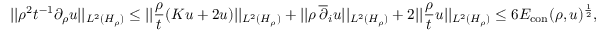
| | \rho ^ { 2 } t ^ { - 1 } \partial _ { \rho } u | | _ { L ^ { 2 } ( H _ { \rho } ) } \leq | | \frac \rho t ( K u + 2 u ) | | _ { L ^ { 2 } ( H _ { \rho } ) } + | | \rho \, \overline { { \partial } } _ { i } u | | _ { L ^ { 2 } ( H _ { \rho } ) } + 2 | | \frac \rho t u | | _ { L ^ { 2 } ( H _ { \rho } ) } \leq 6 E _ { \mathrm { c o n } } ( \rho , u ) ^ { \frac 1 2 } ,